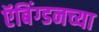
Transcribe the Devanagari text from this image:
ऍबिंग्डनच्या